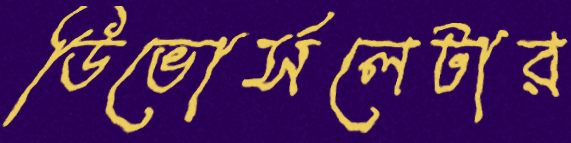
ডিভোর্সলেটার